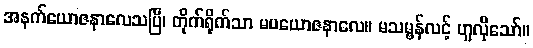
အနက်ယောဇနာလေသပြီ၊ တိုက်ရိုက်သာ မပယောဇနာလေ။ မသမ္ဗန်လင့် ဟူလိုသော်။